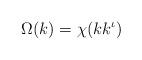
LaTeX: \begin{align*}\Omega(k)=\chi(kk^{\iota})\end{align*}